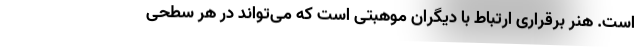
است. هنر برقراری ارتباط با دیگران موهبتی است که می‌تواند در هر سطحی